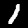
Label: 1